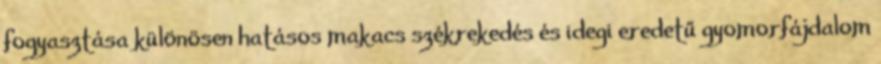
fogyasztása különösen hatásos makacs székrekedés és idegi eredetű gyomorfájdalom